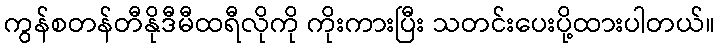
ကွန်စတန်တီနိုဒီမီထရီလိုကို ကိုးကားပြီး သတင်းပေးပို့ထားပါတယ်။